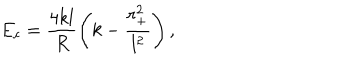
LaTeX: E _ { c } = \frac { 4 k l } { R } \left( k - \frac { r _ { + } ^ { 2 } } { l ^ { 2 } } \right) ,